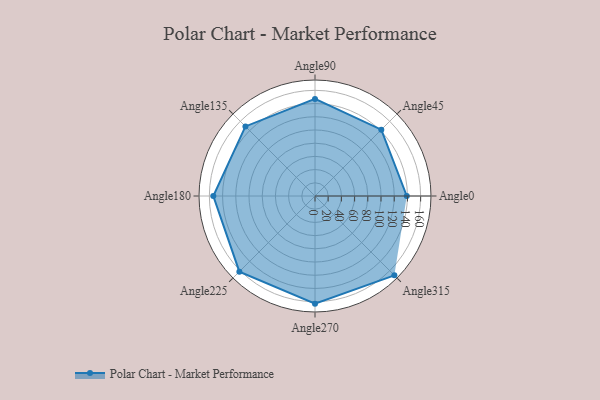
{"axis": {"x": "Angle", "y": "Radius"}, "legend": [""], "data": [{"x": "Angle0", "y": 139.0, "type": ""}, {"x": "Angle45", "y": 142.0, "type": ""}, {"x": "Angle90", "y": 147.0, "type": ""}, {"x": "Angle135", "y": 149.0, "type": ""}, {"x": "Angle180", "y": 154.0, "type": ""}, {"x": "Angle225", "y": 162.0, "type": ""}, {"x": "Angle270", "y": 163.0, "type": ""}, {"x": "Angle315", "y": 170, "type": ""}]}